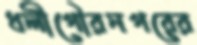
ধলীগৌরনগরের